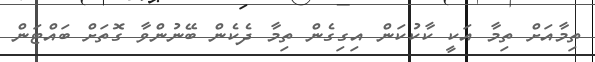
ތިމާއަށް ތިމާ އަކީ ކާކުކަން އިގިގެން ތިމާ ދެކެން ބޭނުންވާ ގޮތަށް ބައްޓަން